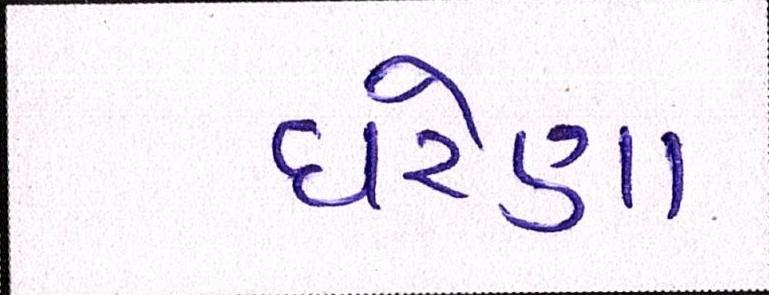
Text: ઘરેણા